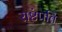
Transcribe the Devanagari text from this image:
राष्टंपति